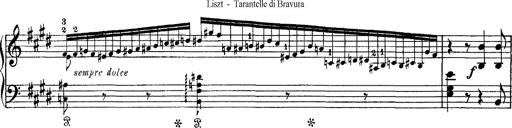
Title: Tarantelle di bravura dâ€™aprÃ¨s la tarantelle de La muette de Portici
Composer: Franz Liszt